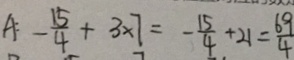
A : - \frac { 1 5 } { 4 } + 3 \times 7 = - \frac { 1 5 } { 4 } + 2 1 = \frac { 6 9 } { 4 }